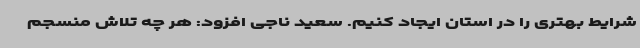
شرایط بهتری را در استان ایجاد کنیم. سعید ناجی افزود: هر چه تلاش منسجم